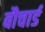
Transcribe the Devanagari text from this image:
बौचार्ड